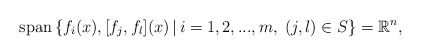
\begin{align*}{\rm span}\,\{f_i(x), [f_j,f_l](x)\, | \,i=1,2,..., m,\; (j,l)\in S \} = \mathbb R^n,\end{align*}